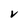
Character: V